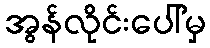
အွန်လိုင်းပေါ်မှ